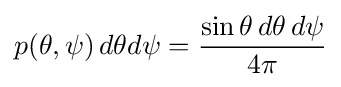
p(\theta ,\psi )\,d\theta d\psi ={\frac {\sin \theta \,d\theta \,d\psi }{4\pi }}